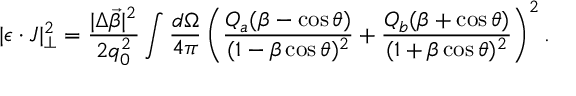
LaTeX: | \epsilon \cdot J | _ { \bot } ^ { 2 } = { \frac { | \Delta \vec { \beta } | ^ { 2 } } { 2 q _ { 0 } ^ { 2 } } } \int { \frac { d \Omega } { 4 \pi } } \left( { \frac { Q _ { a } ( \beta - \cos \theta ) } { ( 1 - \beta \cos \theta ) ^ { 2 } } } + { \frac { Q _ { b } ( \beta + \cos \theta ) } { ( 1 + \beta \cos \theta ) ^ { 2 } } } \right) ^ { 2 } .